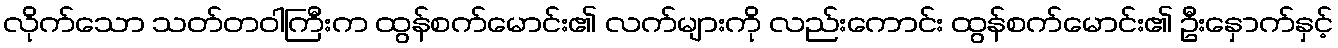
လိုက်သော သတ်တဝါကြီးက ထွန်စက်မောင်း၏ လက်များကို လည်းကောင်း ထွန်စက်မောင်း၏ ဦးနှောက်နှင့်